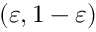
( \varepsilon , 1 - \varepsilon )